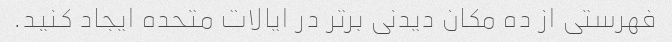
فهرستی از ده مکان دیدنی برتر در ایالات متحده ایجاد کنید.